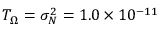
T _ { \Omega } = \sigma _ { N } ^ { 2 } = 1 . 0 \times 1 0 ^ { - 1 1 }